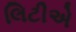
લિટીએ